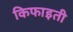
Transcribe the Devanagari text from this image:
किफाइती